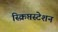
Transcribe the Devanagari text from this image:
स्क्रिप्तस्टेशन